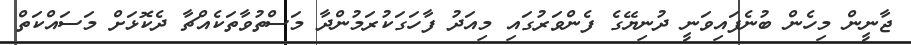
ޖާނީން މިހެން ބުނެފައިވަނީ ދުނިޔޭގެ ފެންވަރުގައި މިއަދު ފާހަގަކުރަމުންދާ މަސްތުވާތަކެއްޗާ ދެކޮޅަށް މަސައްކަތް